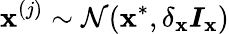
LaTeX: \boldsymbol{\mathbf{x}}^{(j)}\sim\mathcal{{N}}(\boldsymbol{\mathbf{x}}^{*},\delta_{\mathbf{x}}\boldsymbol{I}_{\mathbf{x}})